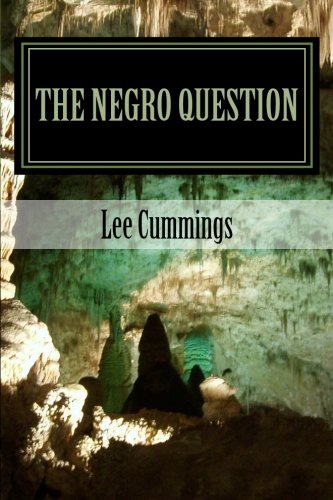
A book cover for The Negro Question: Who Am I; Lee Cummings; History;